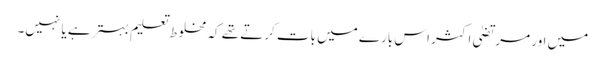
میں اور مرتضیٰ اکثر اس بارے میں بات کرتے تھے کہ مخلوط تعلیم بہتر ہے یا نہیں۔